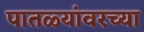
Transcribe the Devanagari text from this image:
पातळ्यांवरच्या